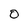
Character: 0